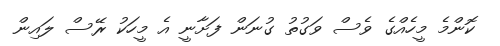
ކޮންމެ މީހެއްގެ ވެސް ވަގުތު ގުނަން ފަށާނީ އެ މީހަކު ރޭސް ލައިން